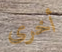
أخرى